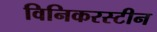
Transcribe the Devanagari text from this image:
विनिकरस्टीन